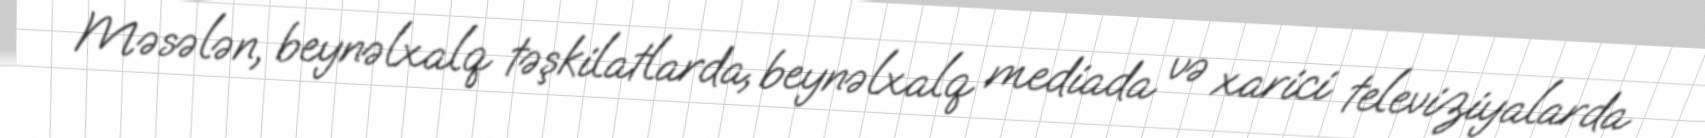
Məsələn, beynəlxalq təşkilatlarda, beynəlxalq mediada və xarici televiziyalarda